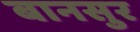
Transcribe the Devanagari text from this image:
बानसुर